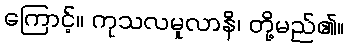
ကြောင့်။ ကုသလမူလာနိ၊ တို့မည်၏။